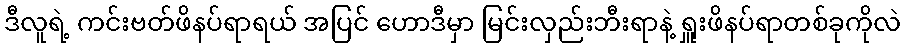
ဒီလူရဲ့ ကင်းဗတ်ဖိနပ်ရာရယ် အပြင် ဟောဒီမှာ မြင်းလှည်းဘီးရာနဲ့ ရှူးဖိနပ်ရာတစ်ခုကိုလဲ